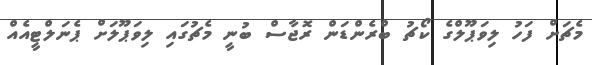
މެޗަށް ފަހު ލިވަޕޫލްގެ ކޯޗު ބްރެންޑަން ރޮޖާސް ބުނީ މެޗުގައި ލިވަޕޫލަށް ޕެނަލްޓީއެއް